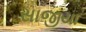
સાજીયા